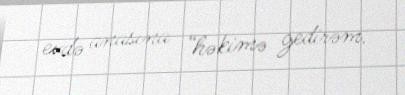
evdə anasına “həkimə gedirəm.